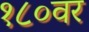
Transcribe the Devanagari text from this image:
१८०वर